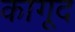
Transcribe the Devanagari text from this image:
कागूद